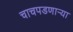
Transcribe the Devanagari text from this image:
चाचपडणाऱ्या